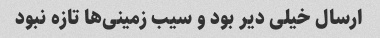
ارسال خیلی دیر بود و سیب زمینی‌ها تازه نبود